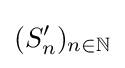
(S'_{n})_{n\in \mathbb {N} }